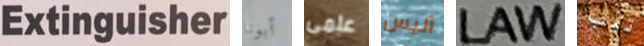
Extinguisher أبونا علمى أليس LAW تيب